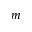
m